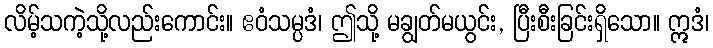
လိမ့်သကဲ့သို့လည်းကောင်း။ ဧဝံသမ္ပဒံ၊ ဤသို့ မချွတ်မယွင်း, ပြီးစီးခြင်းရှိသော။ ဣဒံ၊